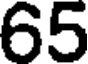
65